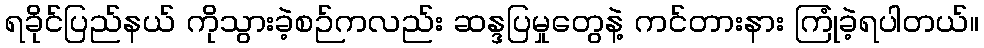
ရခိုင်ပြည်နယ် ကိုသွားခဲ့စဉ်ကလည်း ဆန္ဒပြမှုတွေနဲ့ ကင်တားနား ကြုံခဲ့ရပါတယ်။